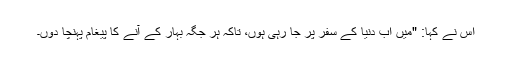
اس نے کہا: "میں اب دنیا کے سفر پر جا رہی ہوں، تاکہ ہر جگہ بہار کے آنے کا پیغام پہنچا دوں۔